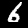
Label: 6